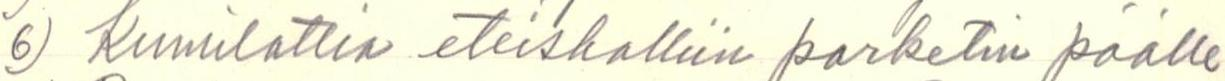
6 Kunilattin eteiskalliin karketi poalle